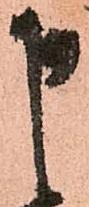
申